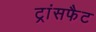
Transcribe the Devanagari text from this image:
ट्रांसफैट